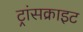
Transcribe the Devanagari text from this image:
ट्रांसक्राइट